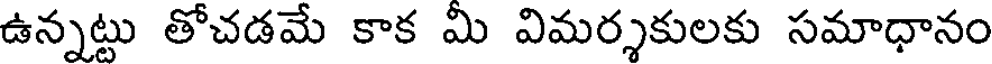
ఉన్నట్టు తోచడమే కాక మి విమర్శకులకు సమాధానం